Report of the King Institute of Preventive Medicine, Guindy
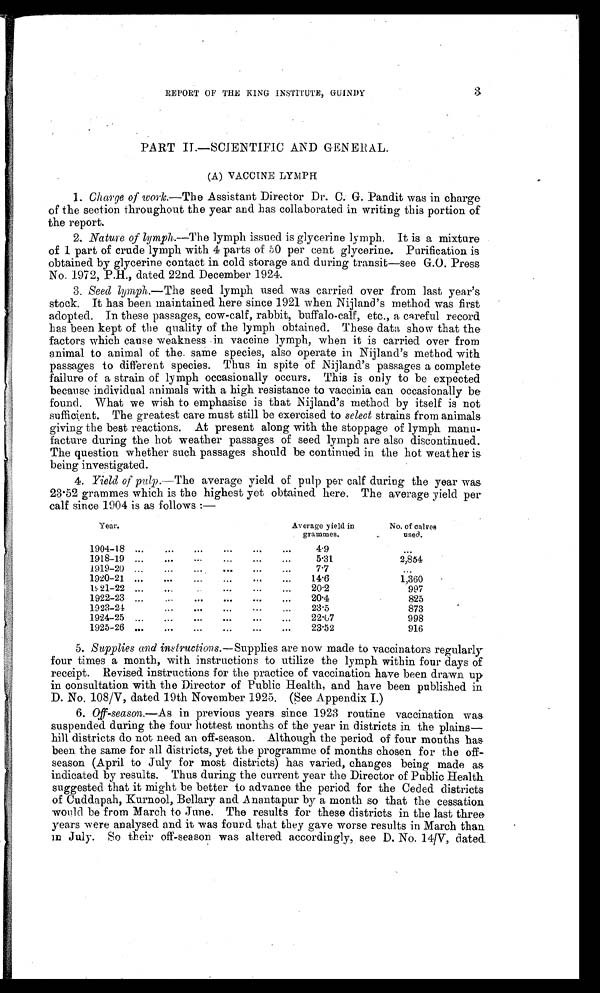
REPORT OF THE KING INSTITUTE, GUINDY
3
PART II—SCIENTIFIC AND GENERAL.
(A) VACCINE LYMPH
1.
Charge of work..—The Assistant Director Dr. C. G. Pandit was in charge
of the section throughout the year and has collaborated in writing this portion of
the report.
2. Nature of lymph.—The lymph issued is glycerine lymph. It is a mixture
of 1 part of crude lymph with 4 parts of 50 per cent glycerine. Purification is
obtained by glycerine contact in cold storage and during transit—see G.O. Press
No. 1972, P.H., dated 22nd December 1924.
3.
Seed lymph.—The seed lymph used was carried over from last year’s
stock. It has been maintained here since 1921 when Nijland’s method was first
adopted. In these passages, cow-calf, rabbit, buffalo-calf, etc., a careful record
has been kept of the quality of the lymph obtained. These data show that the
factors which cause weakness in vaccine lymph, when it is carried over from
animal to animal of the. same species, also operate in Nijland’s method with
passages to different species. Thus in spite of Nijland’s passages a complete
failure of a strain of lymph occasionally occurs. This is only to be expected
because individual animals with a high resistance to vaccinia can occasionally be
found. What we wish to emphasise is that Nijland’s method by itself is not
sufficient. The greatest care must still be exercised to select strains from animals
giving the best reactions. At present along with the stoppage of lymph manu-
facture during the hot weather passages of seed lymph are also discontinued.
The question whether such passages should be continued in the hot weather is
being investigated.
4.
Yield of pulp.—The average yield of pulp per calf during the year was
23.52 grammes which is the highest yet obtained here. The average yield per
calf since 1904 is as follows :—
Year.
Average yield in
grammes.
No. of calves
used.
1904-18 ...
...
...
... ... ...
4.9
...
1918-19 ...
...
...
...
. .. ...
5.31
2,854
. . .
1919-20
...
. . . ...
...
7.7
...
1920-21 ...
...
...
. .. ...
14.6
1,360
1921-22 ... ... ... ...
20.2
997
1922-23 ...
... ...
...
...
20.4
825
1923-24 ...
• • •
• • •
...
...
23.5
873
1924-25
...
...
...
...
... ...
22.67
998
1925-26
...
...
...
...
...
...
23.52
916
5.
Supplies and instructions.— Supplies are now made to vaccinators regularly
four times a month, with instructions to utilize the lymph within four days of
receipt. Revised instructions for the practice of vaccination have been drawn up.
in consultation with the Director of Public Health, and have been published in
D. No. 108/V, dated 19th November 1925. (See Appendix I.)
6.
Off-season.—As in previous years since 1923 routine vaccination was
suspended during the four hottest months of the year in districts in the plains—
hill districts do not need an off-season. Although the period of four months has
been the same for districts, yet the programme of months chosen for the off-
–season (April to July for most districts) has varied, changes being made as
indicated by results. Thus during the current year the Director of Public Health
suggested that it might be better to advance the period for the Ceded districts
of Cuddapah, Kurnool, Bellary and Anantapur by a month so that the cessation
would be from March to June. The results for these districts in the last three
years were analysed and it was found that they gave worse results in March than
in July. So their off-season was altered accordingly, see D. No. 14/V, dated